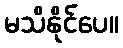
မသိနိုင်ပေ။